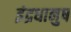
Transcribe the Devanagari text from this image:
इंद्रधानुष